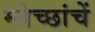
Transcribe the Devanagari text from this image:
म्लेच्छांचें